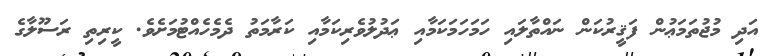
އަދި މުޖުތަމަޢުން ފަޤީރުކަން ނައްތާލައި ހަމަހަމަކަމާއި ޢަދުލުވެރިކަމާއި ކަރާމަތު ދެމެހެއްޓުމަށެވެ. ކީރިތި ރަސޫލާގެ